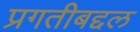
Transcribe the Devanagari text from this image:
प्रगतीबद्दल